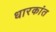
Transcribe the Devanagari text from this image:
धारकांत